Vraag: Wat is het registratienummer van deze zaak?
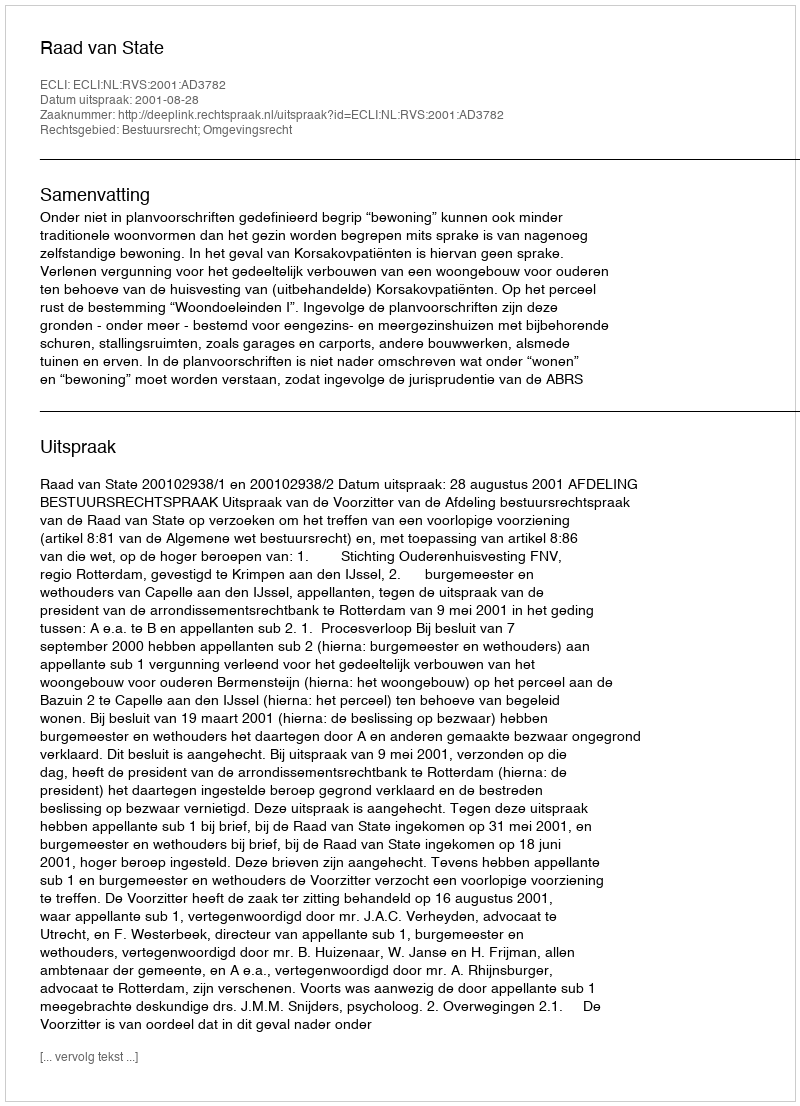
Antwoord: http://deeplink.rechtspraak.nl/uitspraak?id=ECLI:NL:RVS:2001:AD3782